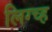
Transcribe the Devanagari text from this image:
लिग्च्ह